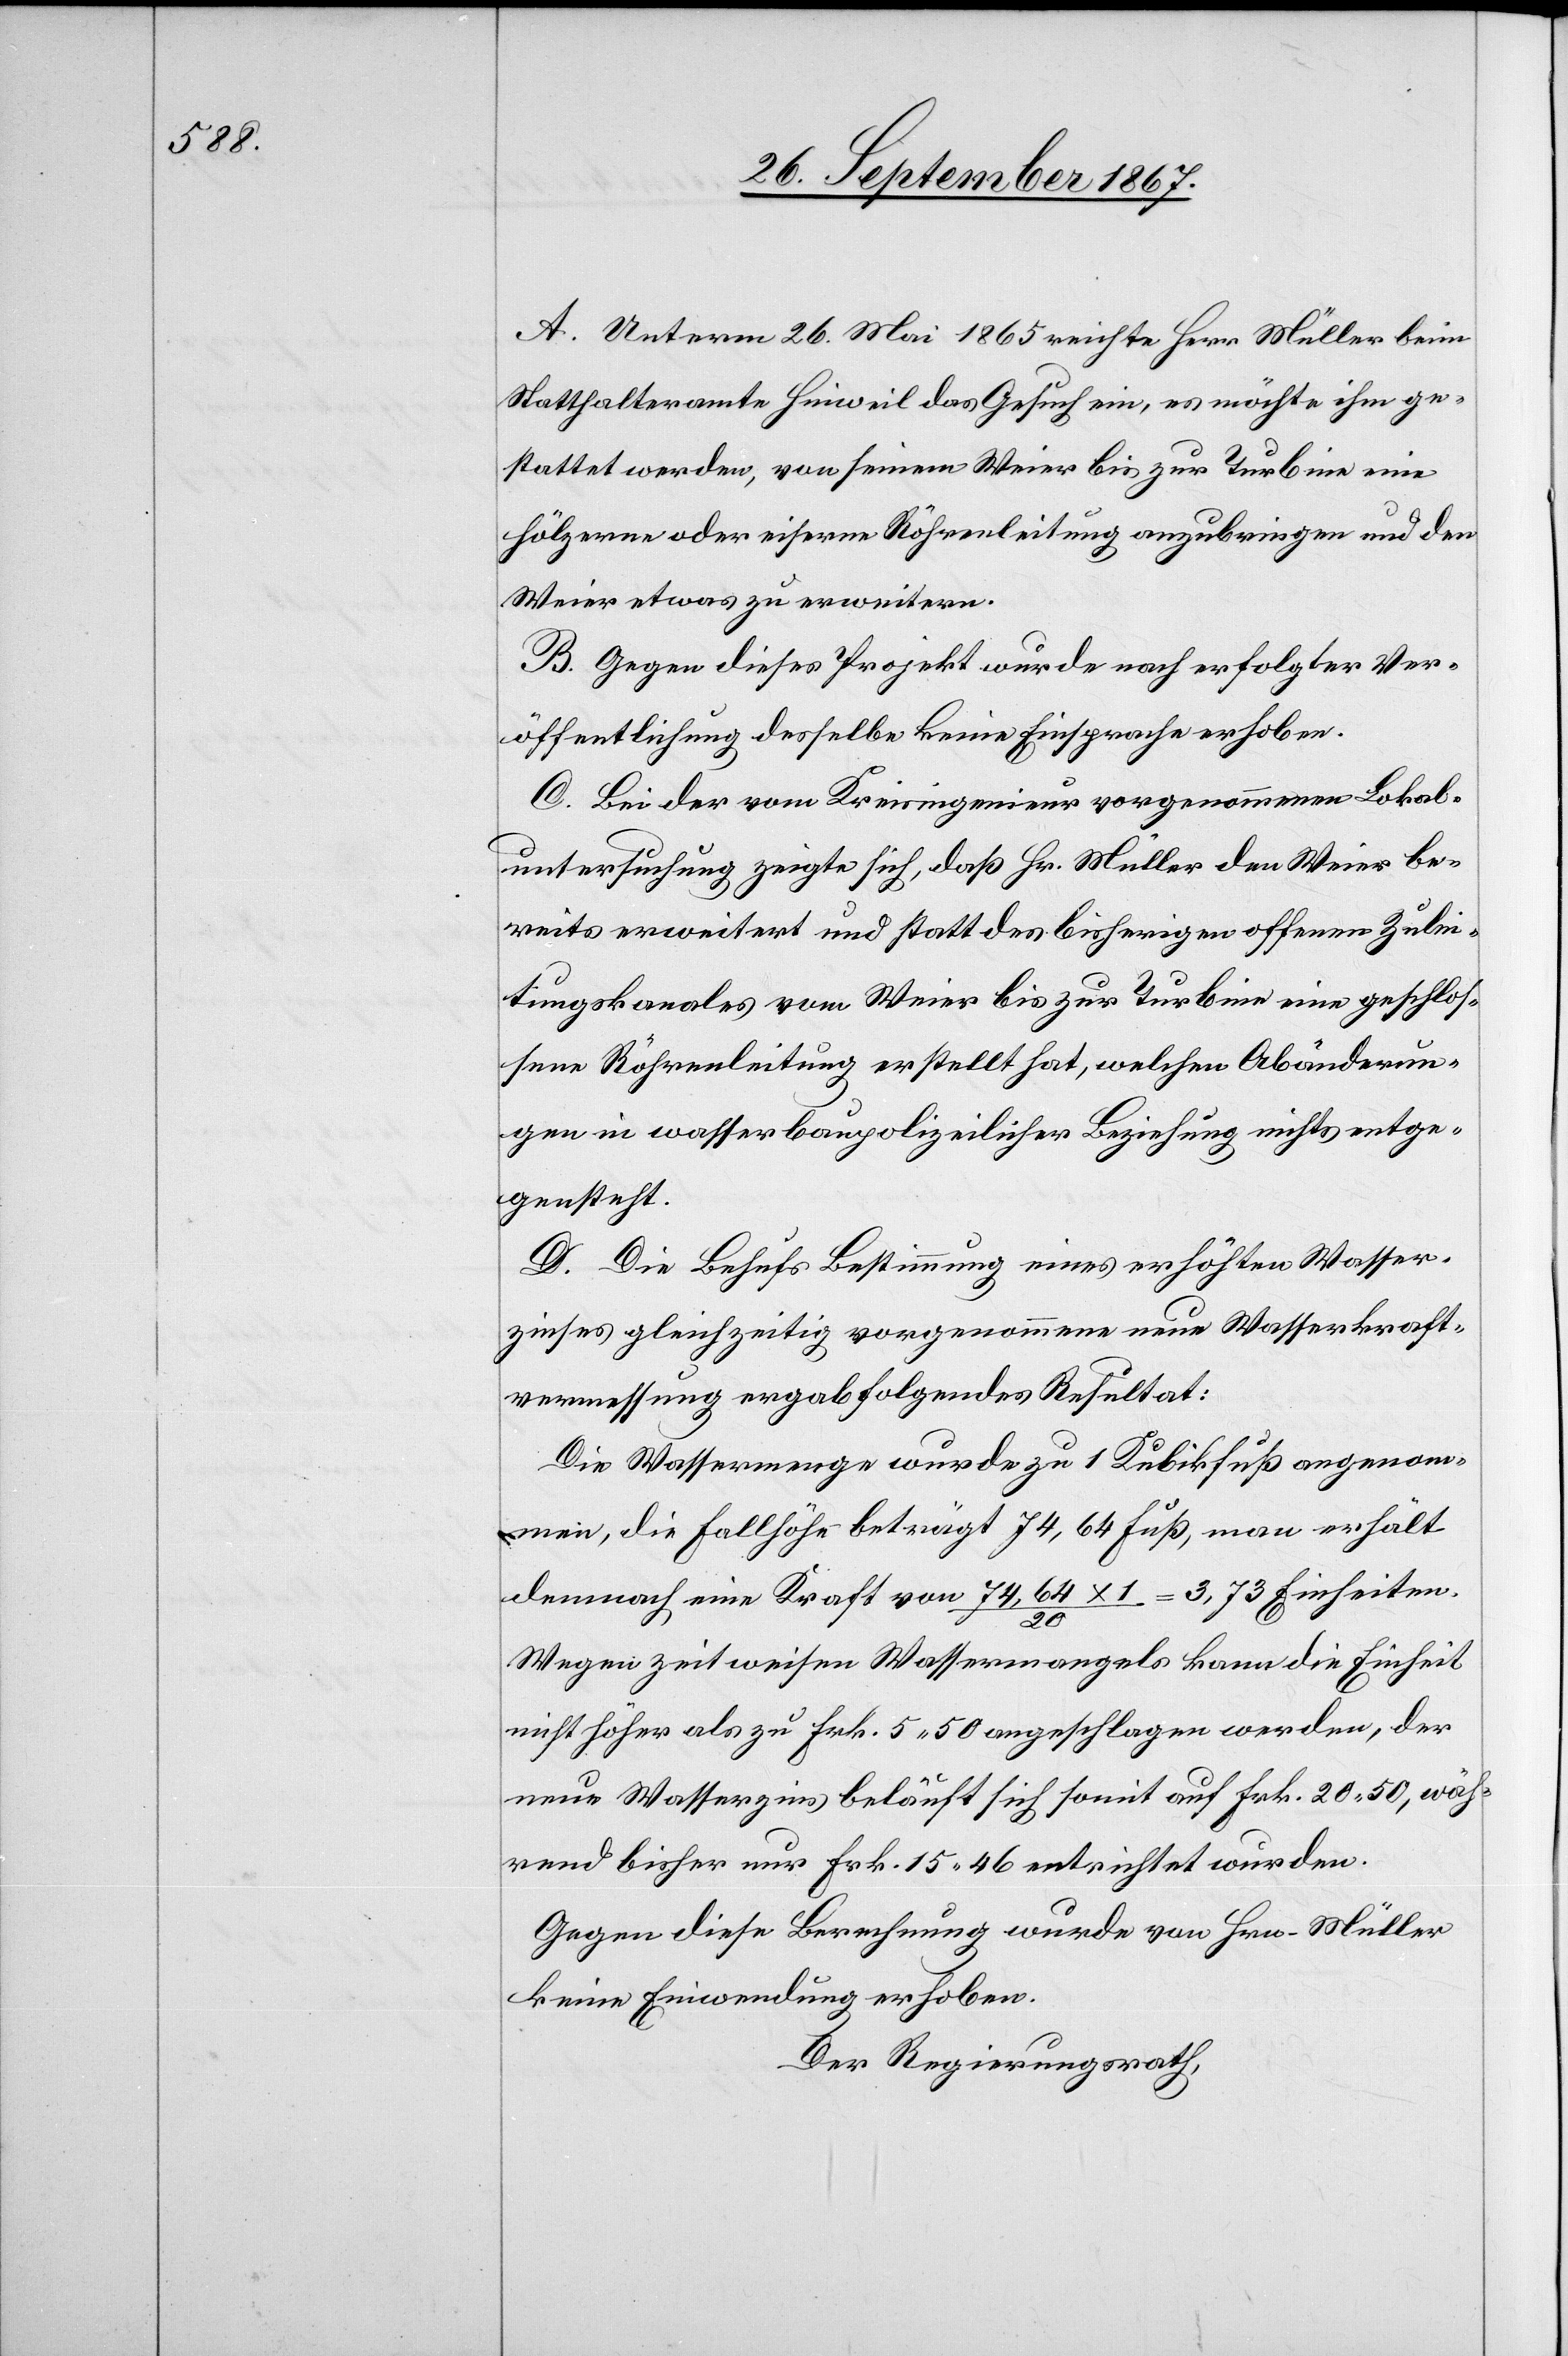
A. Unterm 26. Mai 1865 reichte Herr Müller beim
Statthalteramte Hinweil das Gesuch ein, es möchte ihm ge¬
stattet werden, von seinem Weier bis zur Turbine eine
hölzern oder eiserne Röhrenleitung anzubringen und den
Weier etwas zu erweitern.
B. Gegen dieses Projekt wurde nach erfolgter Ver¬
öffentlichung desselbe[n] keine Einsprache erhoben.
C. Bei der vom Kreisingenieur vorgenommenen Lokal¬
untersuchung zeigt sich, daß Hr. Müller den Weier be¬
reits erweitert und statt des bisherigen offenen Zulei¬
tungskanales vom Weier bis zur Turbine eine geschlos¬
sene Röhrenleitung erstellt hat, welchen Abänderun¬
gen in wasserbaupolizeilicher Beziehung nichts entge¬
gensteht.
D. Die Behufs Bestimmung eines erhöhten Wasser¬
zinses gleichzeitig vorgenommene neue Wasserkraft¬
vermessung ergab folgendes Resultat:
Die Wassermenge wurde zu 1 Kubikfuß angenom¬
men, die Fallhöhe beträgt 74,64 Fuß, man erhält
demnach eine Kraft von 74,64 x 1/20 = 3,73 Einheiten.
Wegen zeitweisen Wassermangels kann die Einheit
nicht höher als zu Frk. 5.50 angeschlagen werden, der
neue Wasserzins beläuft sich somit auf Frk. 20.50, wäh¬
rend bisher nur Frk. 15.46 entrichtet wurden.
Gegen diese Berechnung wurde von Hrn. Müller
keine Einwendung erhoben.
Der Regierungsrath,